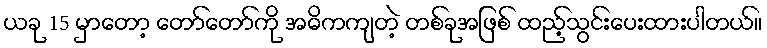
ယခု 15 မှာတော့ တော်တော်ကို အဓိကကျတဲ့ တစ်ခုအဖြစ် ထည့်သွင်းပေးထားပါတယ်။